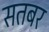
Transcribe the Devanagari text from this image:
सतबर